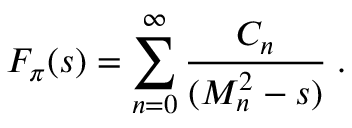
F _ { \pi } ( s ) = \sum _ { n = 0 } ^ { \infty } \frac { C _ { n } } { ( M _ { n } ^ { 2 } - s ) } \; .